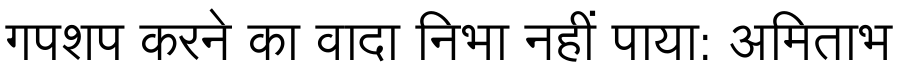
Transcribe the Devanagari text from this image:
गपशप करने का वादा निभा नहीं पाया: अमिताभ